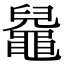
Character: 𪓬